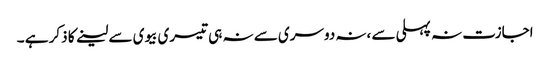
اجازت نہ پہلی سے ،نہ دوسری سے نہ ہی تیسری بیوی سے لینے کا ذکر ہے ۔